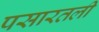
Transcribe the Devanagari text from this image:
पसारतली